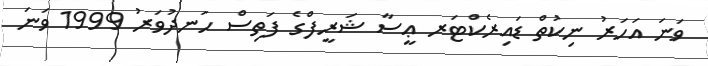
ވަނަ އަހަރު ނިކުތް ޑައިރެކްޓަރ ޢީސާ ޝަރީފްގެ ފަތިސް ހަނދުވަރު 1999 ވަނަ